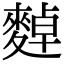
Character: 𪍈